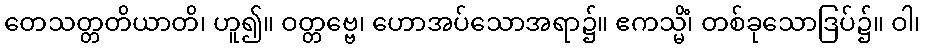
တေသတ္တတိယာတိ၊ ဟူ၍။ ဝတ္တဗ္ဗေ၊ ဟောအပ်သောအရာ၌။ ဧကသ္မိံ၊ တစ်ခုသောဒြပ်၌။ ဝါ၊